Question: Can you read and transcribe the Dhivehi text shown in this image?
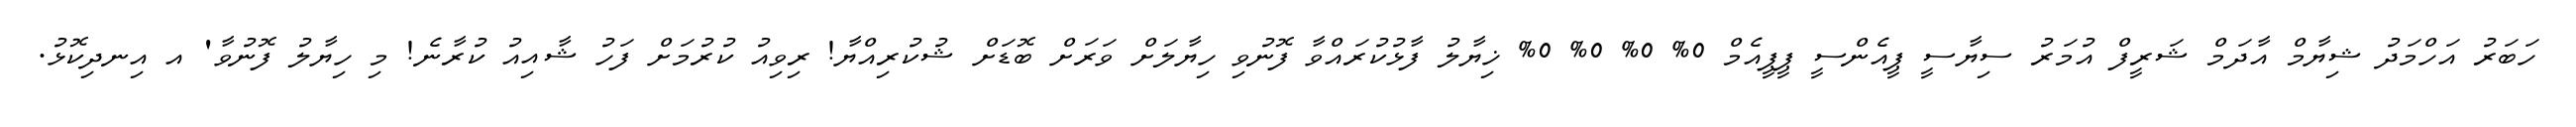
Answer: ހަބަރު އަހްމަދު ޝިޔާމް އާދަމް ޝަރީފް އުމަރު ސިޔާސީ ޕީއެންސީ ޕީޕީއެމް 0% 0% 0% 0% ޚިޔާލު ފާޅުކުރައްވާ ފޮނުވި ހިޔާލަށް ވަރަށް ބޮޑަށް ޝުކުރިއްޔާ! ރިވިއު ކުރުމަށް ފަހު ޝާއިއު ކުރާނެ! މި ހިޔާލު ފޮނުވާ' އ އިނދިކޮޅު.